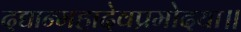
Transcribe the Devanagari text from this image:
दद्यान्महादेवप्रमोदया॥